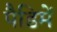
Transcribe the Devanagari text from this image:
पैडिमें